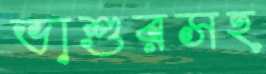
ভাশুরসহ